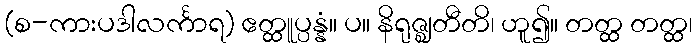
(စ-ကားပဒါလင်္ကာရ) ဧတ္ထူပ္ပန္နံ။ ပ။ နိရုဇ္ဈတီတိ၊ ဟူ၍။ တတ္ထ တတ္ထ၊